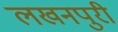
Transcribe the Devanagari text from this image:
लखनपुरी